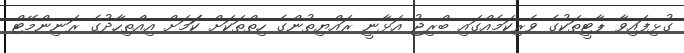
ގުޅިފައިވާ ޕާޓީތަކުގެ ވެރިކަމެއްގައި ބްރިޖު އަޅާނީ ރައްޔިތުންގެ ހިތްތަކަށް ކަަމަށް އިއްތިހާދުގެ ރަނިންމޭޓް